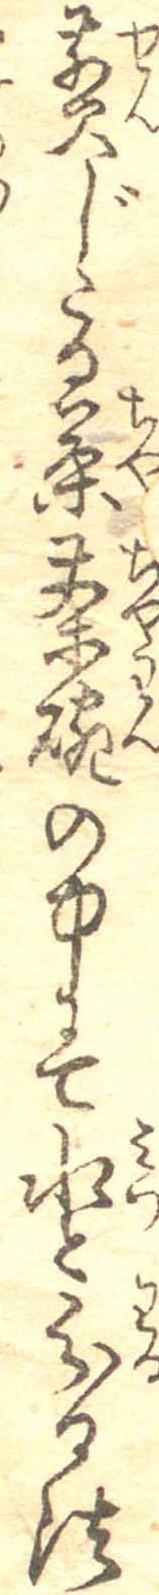
煎じたる茶茶碗の中にて水と分る法